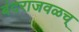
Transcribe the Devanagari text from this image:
बंदराजवळच्